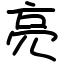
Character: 亮